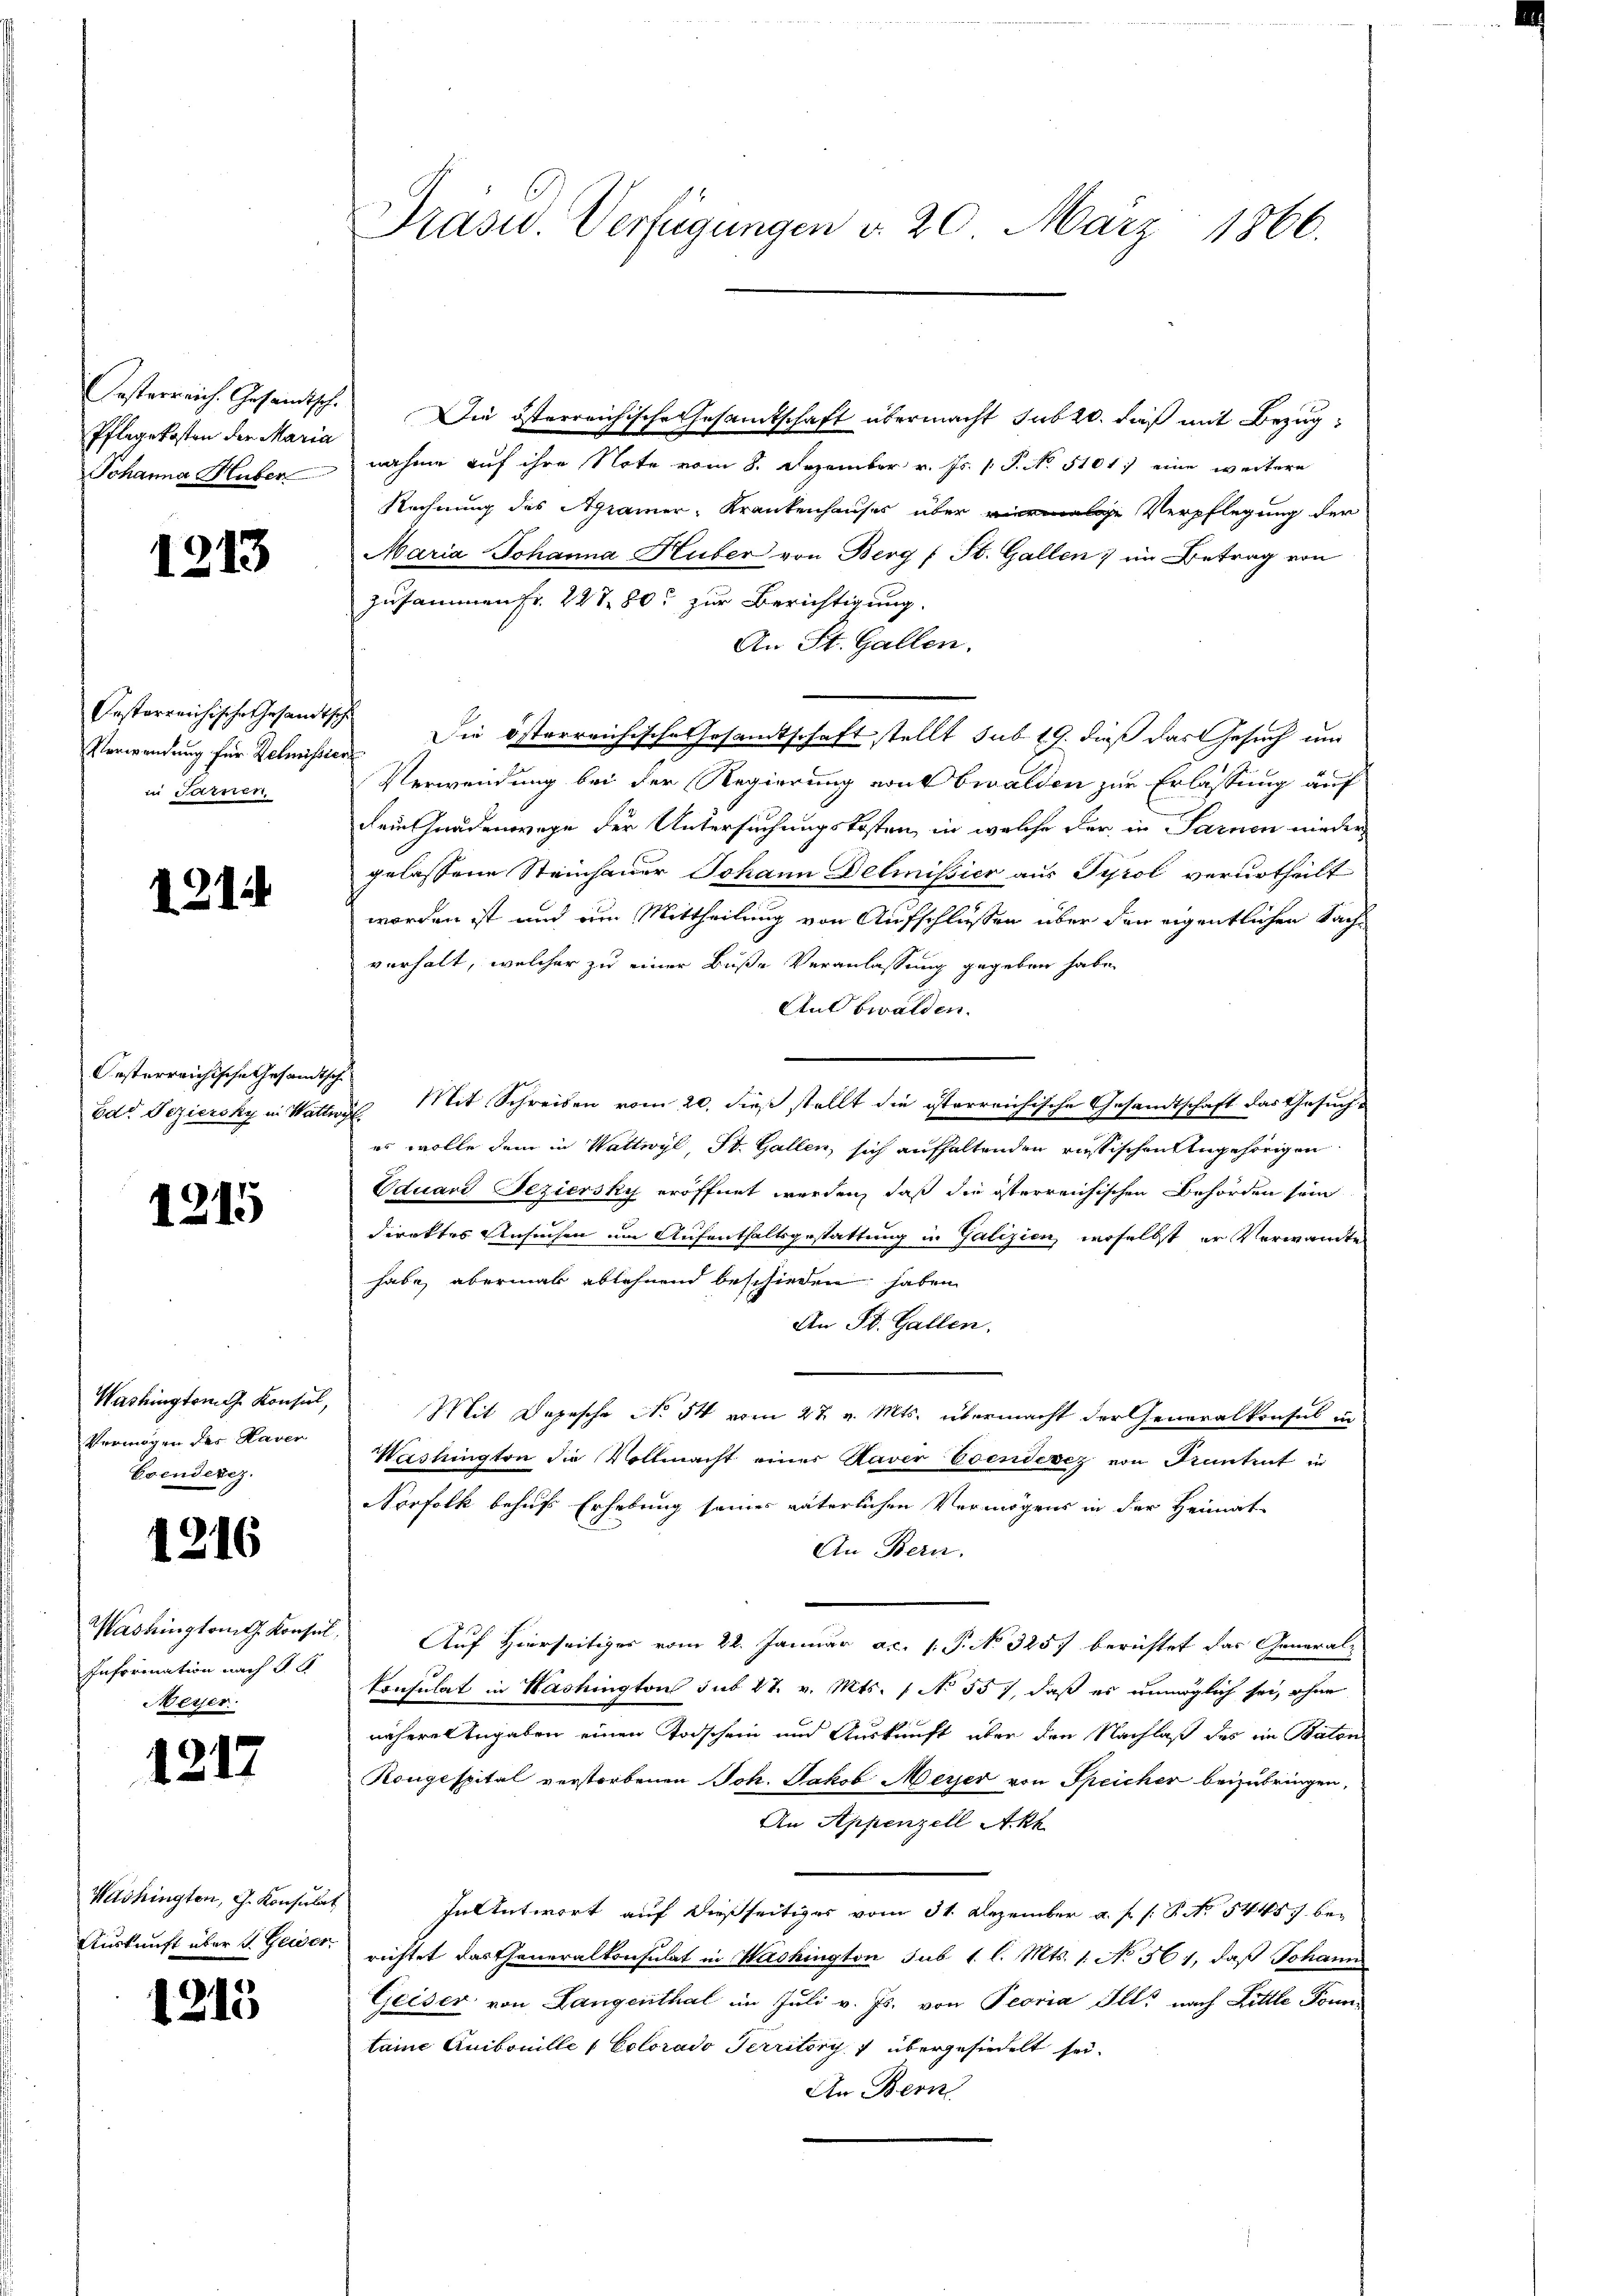
Oesterreich. Gesandtsch.
Pflegekosten der Maria
Johanna Huber

1213

Oesterreichische Gesandt,
Verwendung für Relmissio
in seinen

1214

Oesterreichische Gesandtsch
Edt Beziersky in Watte

1215

Washington Konsul,
Vermögen des Haver
Esenderez.

1216

Washington Konsul
Information nach de
Meyer.

1217

121

Washingten, G. Konsulat
Auskunft über 1. Gewer

1

Präsid Verfügungen d. 20. März 1866.

Die österreichische Gesamtschaft übermacht subst, daß mit Bezug
nahme auf ihre Note vom 8. Dezember v. Js. 1 P. No. 5101.) eine weitere
Rechnung des Agramer, Krankenhauses über eige Verpflegung der
Maria Johanna Huber von Berg (St. Gallen; im Betrag von
zusammen Fr. 227 80 zur Berichtigung
An St. Gallen.
Die österreichische Gesandtschaft stellt sub 19. dieß das Gesuch und
Verwendung bei der Regierung von bewalden zur Erlassung auf
Fein Gnadenwege der Untersuchungskosten, in welche der in Sarnen nieder
gelassene Steinhauer Johann Delmissier aus Tyrol verurtheilt
worden ist und um Mittheilung von Aufschlüssen über den eigentlichen Sachverhalt, welcher zu einer Buße Veranlassung gegeben habe,
Aubwalden.
 Mit Schreiben vom 20. dieß stellt die isterreichische Gesandtschaft das Gesuch-
es wolle dem in Wattwyl, St. Gallen, sich aufhaltenden russischen Angehörigen
Eduard Beziersky eröffnet werden, daß die österreichischen Behörden sein
direktes Ansuchen um Aufenthaltsgestattung in Galizien, woselbst er Verwandte
habe, abermal ablehnend beschieden haben
An St. Gallen.
Mit Depesche No 54 vom 27. v. Mts. übermacht der Generalkonsul in
Washingten die Vollmacht einer Kaver Esendesez von Frantent in
Norfolk behufs Erhebung seiner väterlichen Vermögens in der Heimat
An Bern.
Auf Hierseitiger vom 22. Januar a.c. s. P. No. 325) berichtet das General¬
Konsulat in Washington sub 27. v. Mts. 1 No 55), daß es unmöglich sei, ohne
näheren Angaben einen Todschein und Auskunft über den Nachlaß des ein Baton
Kongespital verstorbenen Joh. Jakob Meyer von Speicher beizubringen,
An Appenzell Akk
In Antwort auf dießseitiges vom 31. Dezember a. p. s. S. Nr. 5445 berichtet das Generalkonsulat in Washington sub 1. l. Mts. 1. No 356, daß Johann
Geiser von Langenthal im Juli v. Js. von Peoria Ills nach Little Ponn
taine Anibonille 1 Colorado Territoris übergesiedelt sei.
An Bern